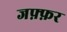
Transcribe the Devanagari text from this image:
जफ़्फ़र